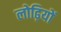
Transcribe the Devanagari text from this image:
लोढ़ियों